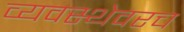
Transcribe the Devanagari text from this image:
व्यवस्थेवरच